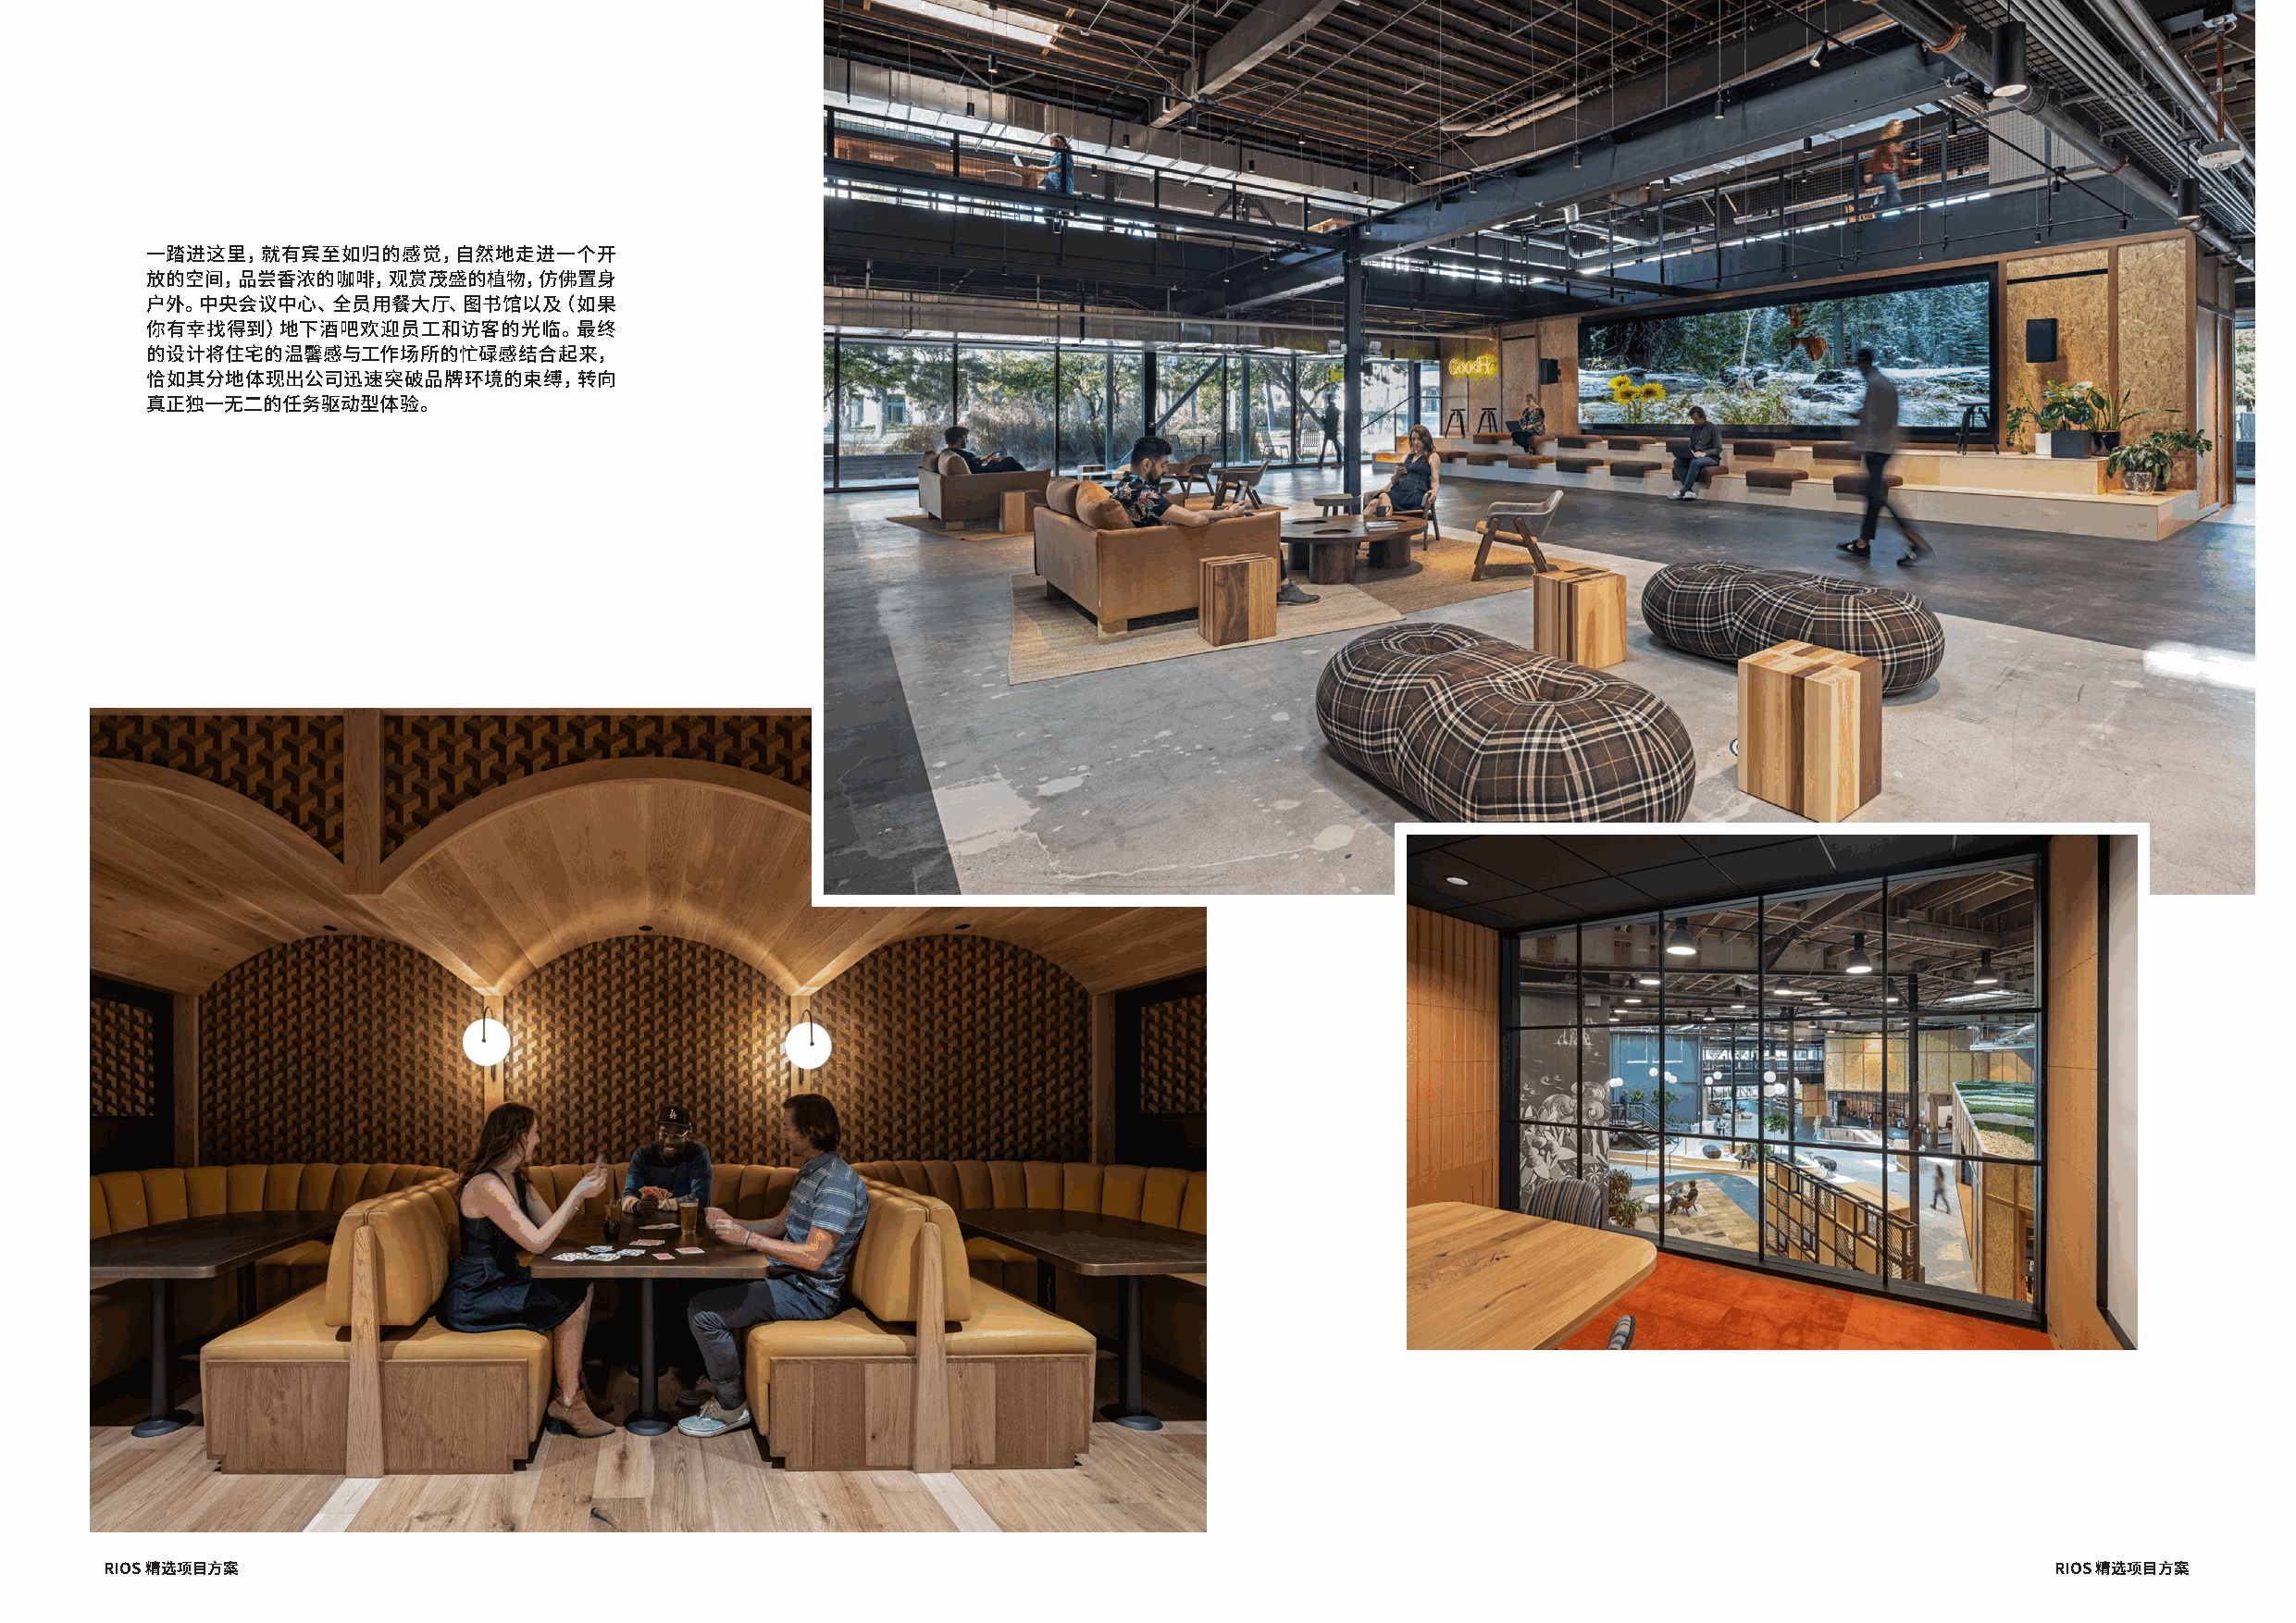
一踏进这里，就有宾至如归的感觉，自然地走进一个开
 放的空间，品尝香浓的咖啡，观赏茂盛的植物，仿佛置身
 户外。中央会议中心、全员用餐大厅、图书馆以及（如果
 你有幸找得到）地下酒吧欢迎员工和访客的光临。最终
 的设计将住宅的温馨感与工作场所的忙碌感结合起来，
 恰如其分地体现出公司迅速突破品牌环境的束缚，转向
 真正独一无二的任务驱动型体验。
 RIOS 精选项目方案                                                                                                                                 RIOS 精选项目方案